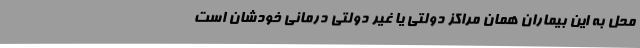
محل به این بیماران همان مراکز دولتی یا غیر دولتی درمانی خودشان است